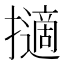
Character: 擿